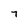
Character: 7